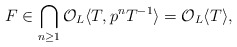
\begin{align*}F\in\bigcap_{n\geq1}\mathcal{O}_L\langle T, p^{n}T^{-1}\rangle=\mathcal{O}_L\langle T \rangle,\end{align*}